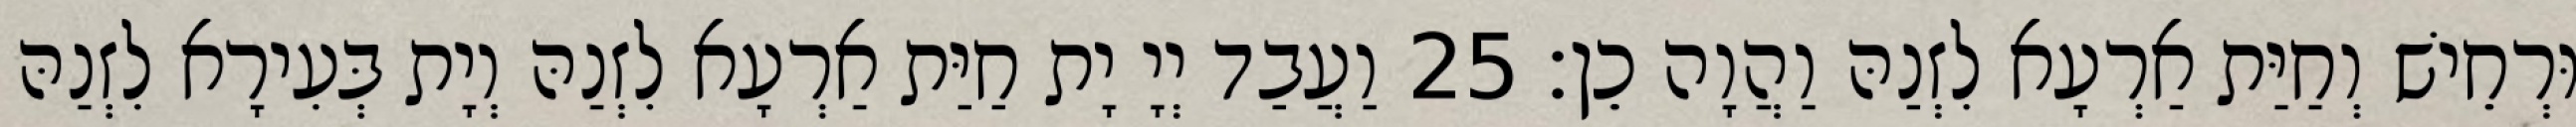
וּרְחֵישׁ וְחַיַּת אַרְעָא לִזְנַהּ וַהֲוָה כֵן׃ 25 וַעֲבַד יְיָ יָת חַיַּת אַרְעָא לִזְנַהּ וְיָת בְּעִירָא לִזְנַהּ